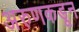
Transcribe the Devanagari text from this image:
अरुणकडून